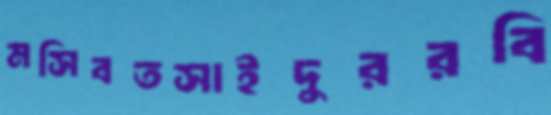
মসিবতসাইদুররবি